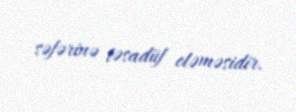
səfərinə təsadüf eləməsidir.